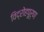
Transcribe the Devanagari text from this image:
विद्रोहपूर्ण